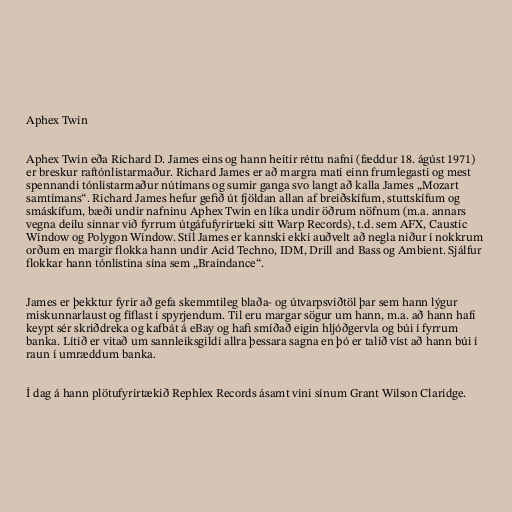
Aphex Twin

Aphex Twin eða Richard D. James eins og hann heitir réttu nafni (fæddur 18. ágúst 1971)
er breskur raftónlistarmaður. Richard James er að margra mati einn frumlegasti og mest
spennandi tónlistarmaður nútímans og sumir ganga svo langt að kalla James „Mozart
samtímans“. Richard James hefur gefið út fjöldan allan af breiðskífum, stuttskífum og
smáskífum, bæði undir nafninu Aphex Twin en líka undir öðrum nöfnum (m.a. annars
vegna deilu sinnar við fyrrum útgáfufyrirtæki sitt Warp Records), t.d. sem AFX, Caustic
Window og Polygon Window. Stíl James er kannski ekki auðvelt að negla niður í nokkrum
orðum en margir flokka hann undir Acid Techno, IDM, Drill and Bass og Ambient. Sjálfur
flokkar hann tónlistina sína sem „Braindance“.

James er þekktur fyrir að gefa skemmtileg blaða- og útvarpsviðtöl þar sem hann lýgur
miskunnarlaust og fíflast í spyrjendum. Til eru margar sögur um hann, m.a. að hann hafi
keypt sér skriðdreka og kafbát á eBay og hafi smíðað eigin hljóðgervla og búi í fyrrum
banka. Lítið er vitað um sannleiksgildi allra þessara sagna en þó er talið víst að hann búi í
raun í umræddum banka.

Í dag á hann plötufyrirtækið Rephlex Records ásamt vini sínum Grant Wilson Claridge.